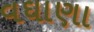
વઘાણા